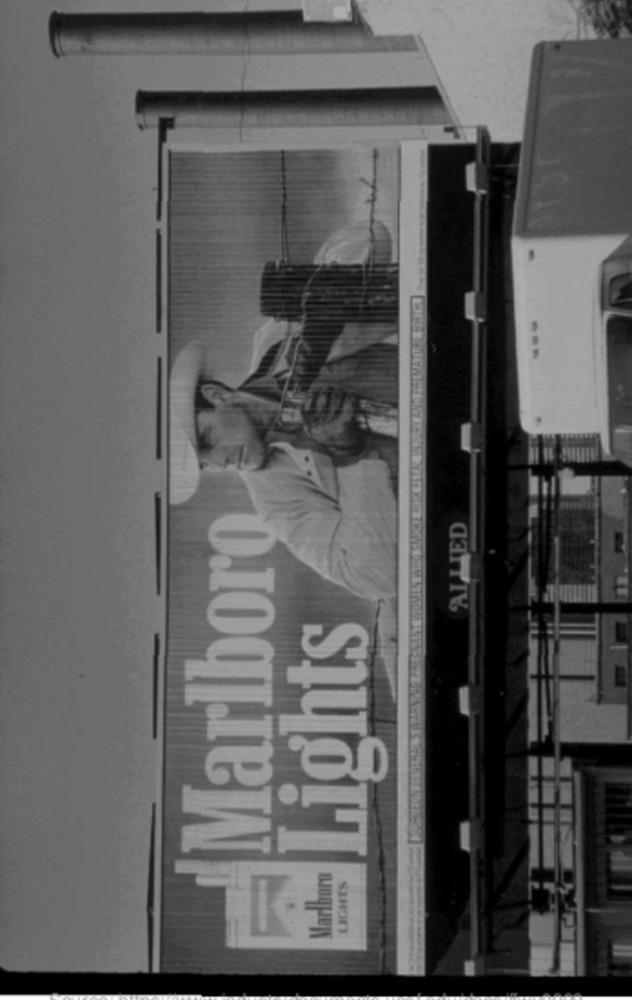
--
Marlboro
ALLIED
Lights
Marlboro
LIGHTS